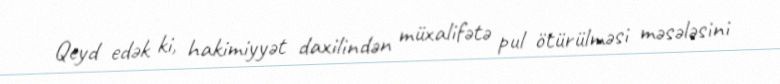
Qeyd edək ki, hakimiyyət daxilindən müxalifətə pul ötürülməsi məsələsini